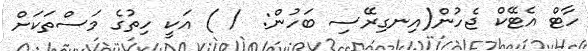
ހާޓް އެޓޭކް ޖެހުން(އިނގިރޭސި ބަހުން:  / ) އަކީ ހިތުގެ މަސްތަކަށް